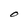
Character: O